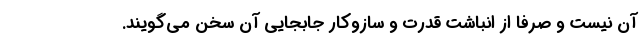
آن نیست و صرفاً از انباشت قدرت و سازوکار جابجایی آن سخن می‌گویند.